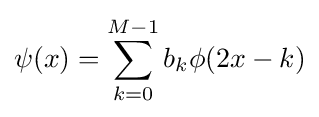
\psi (x)=\sum _{k=0}^{M-1}b_{k}\phi (2x-k)